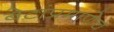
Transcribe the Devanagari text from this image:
बेटांप्रमाणेच